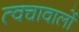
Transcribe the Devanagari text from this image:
त्वचावालों